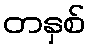
တနှစ်